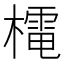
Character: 𭬋